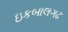
ઇકબાલગઢ